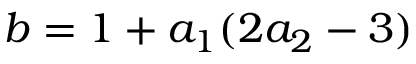
b = 1 + a _ { 1 } ( 2 a _ { 2 } - 3 )